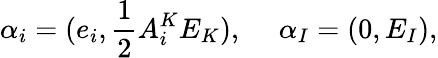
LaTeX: \alpha_{i}=(e_{i},{\frac{1}{2}}A_{i}^{K}E_{K}),\ \ \ \ \ \alpha_{I}=(0,E_{I}),